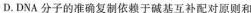
D.DNA分子的准确复制依赖于碱基互补配对原则和